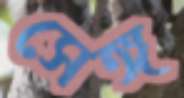
সেঙ্গ